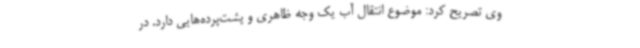
وی تصریح کرد: موضوع انتقال آب یک وجه ظاهری و پشت‌پرده‌هایی دارد. در